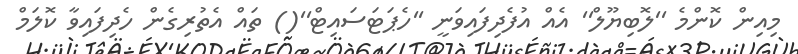
މިއިން ކޮންމެ ''ލޮބިޔޫލް'' އެއް އުފެދިފައިވަނީ ''ހެޕަޓަސައިޓް''() ތައް އެތުރިގެން ހެދިފައިވާ ކޮލަމް